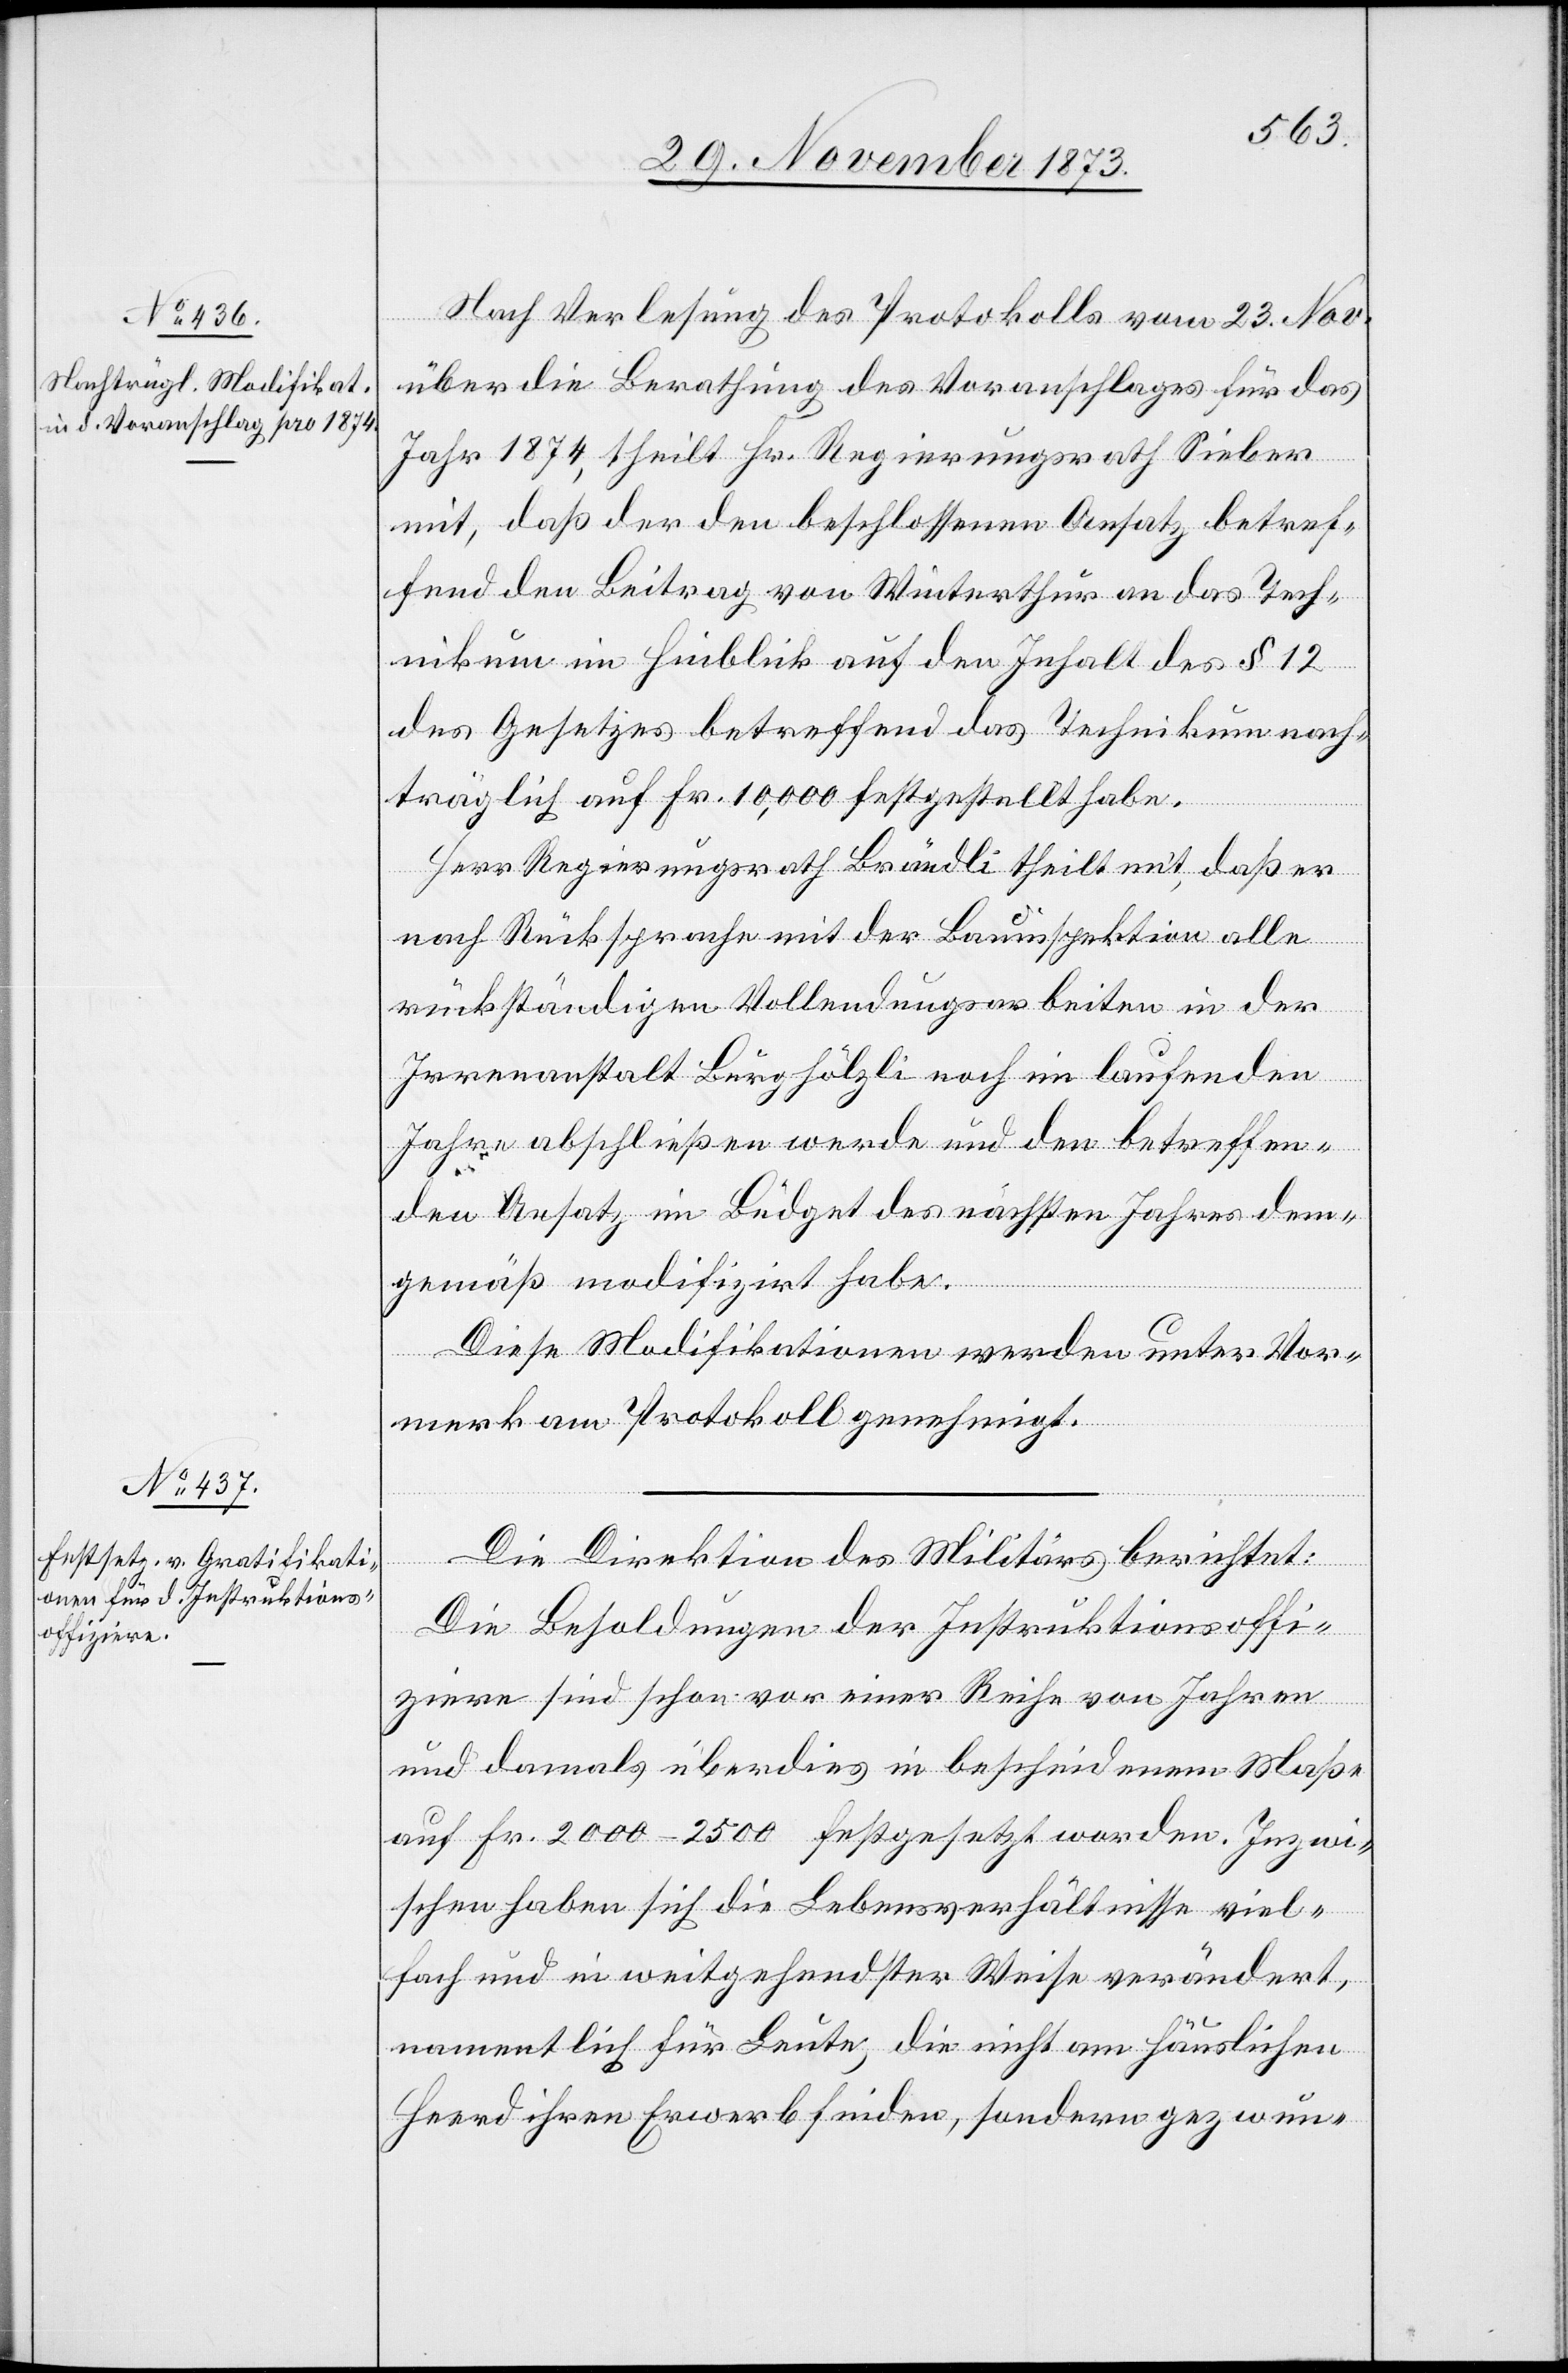
Nach Verlesung des Protokolls vom 23. Nov.
über die Berathung des Voranschlages für das
des
Jahr 1874, theilt Hr. Regierungsrath Sieber
fend den Beitrag von Winterthur an das Tech¬
nikum im Hinblick auf den Inhalt des § 12
des Gesetzes betreffend das Technikum nach¬
träglich auf Fr. 10,000 festgestellt habe.
Direktion
Herr Regierungsrath Brändli theilt mit, daß er
nach Rücksprache mit der Bauinspektion alle
rückständigen Vollendungsarbeiten in der
Irrenanstalt Burghölzli noch im laufenden
Jahre abschließen werde und den betreffen¬
den Ansatz im Büdget des nächsten Jahres dem¬
gemäß modifizirt habe.
Diese Modifikationen werden unter Vor¬
merk am Protokoll genehmigt.
Die Besoldungen der Instruktionsoffi¬
ziere sind schon vor einer Reihe von Jahren
und damals überdies in bescheidenem Maße
auf Fr. 2 000–2 500 festgesetzt worden. Inzwi¬
schen haben sich die Lebensverhältnisse viel¬
fach und in weitgehendster Weise verändert,
namentlich für Leute, die nicht am häuslichen
Heerd ihren Erwerb finden, sondern gezwun-